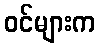
ဝင်များက